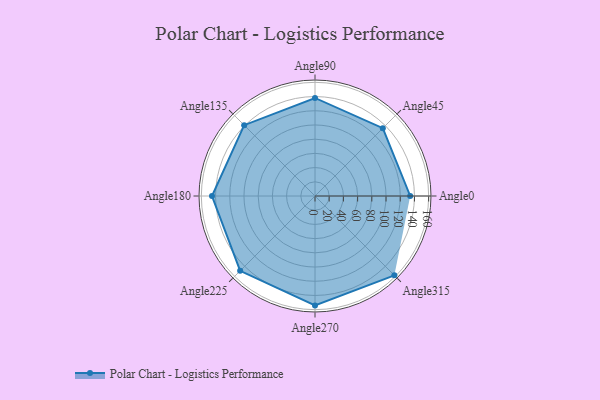
{"axis": {"x": "Angle", "y": "Radius"}, "legend": [""], "data": [{"x": "Angle0", "y": 134.0, "type": ""}, {"x": "Angle45", "y": 135.0, "type": ""}, {"x": "Angle90", "y": 138.0, "type": ""}, {"x": "Angle135", "y": 141.0, "type": ""}, {"x": "Angle180", "y": 145.0, "type": ""}, {"x": "Angle225", "y": 149.0, "type": ""}, {"x": "Angle270", "y": 154.0, "type": ""}, {"x": "Angle315", "y": 158.0, "type": ""}]}